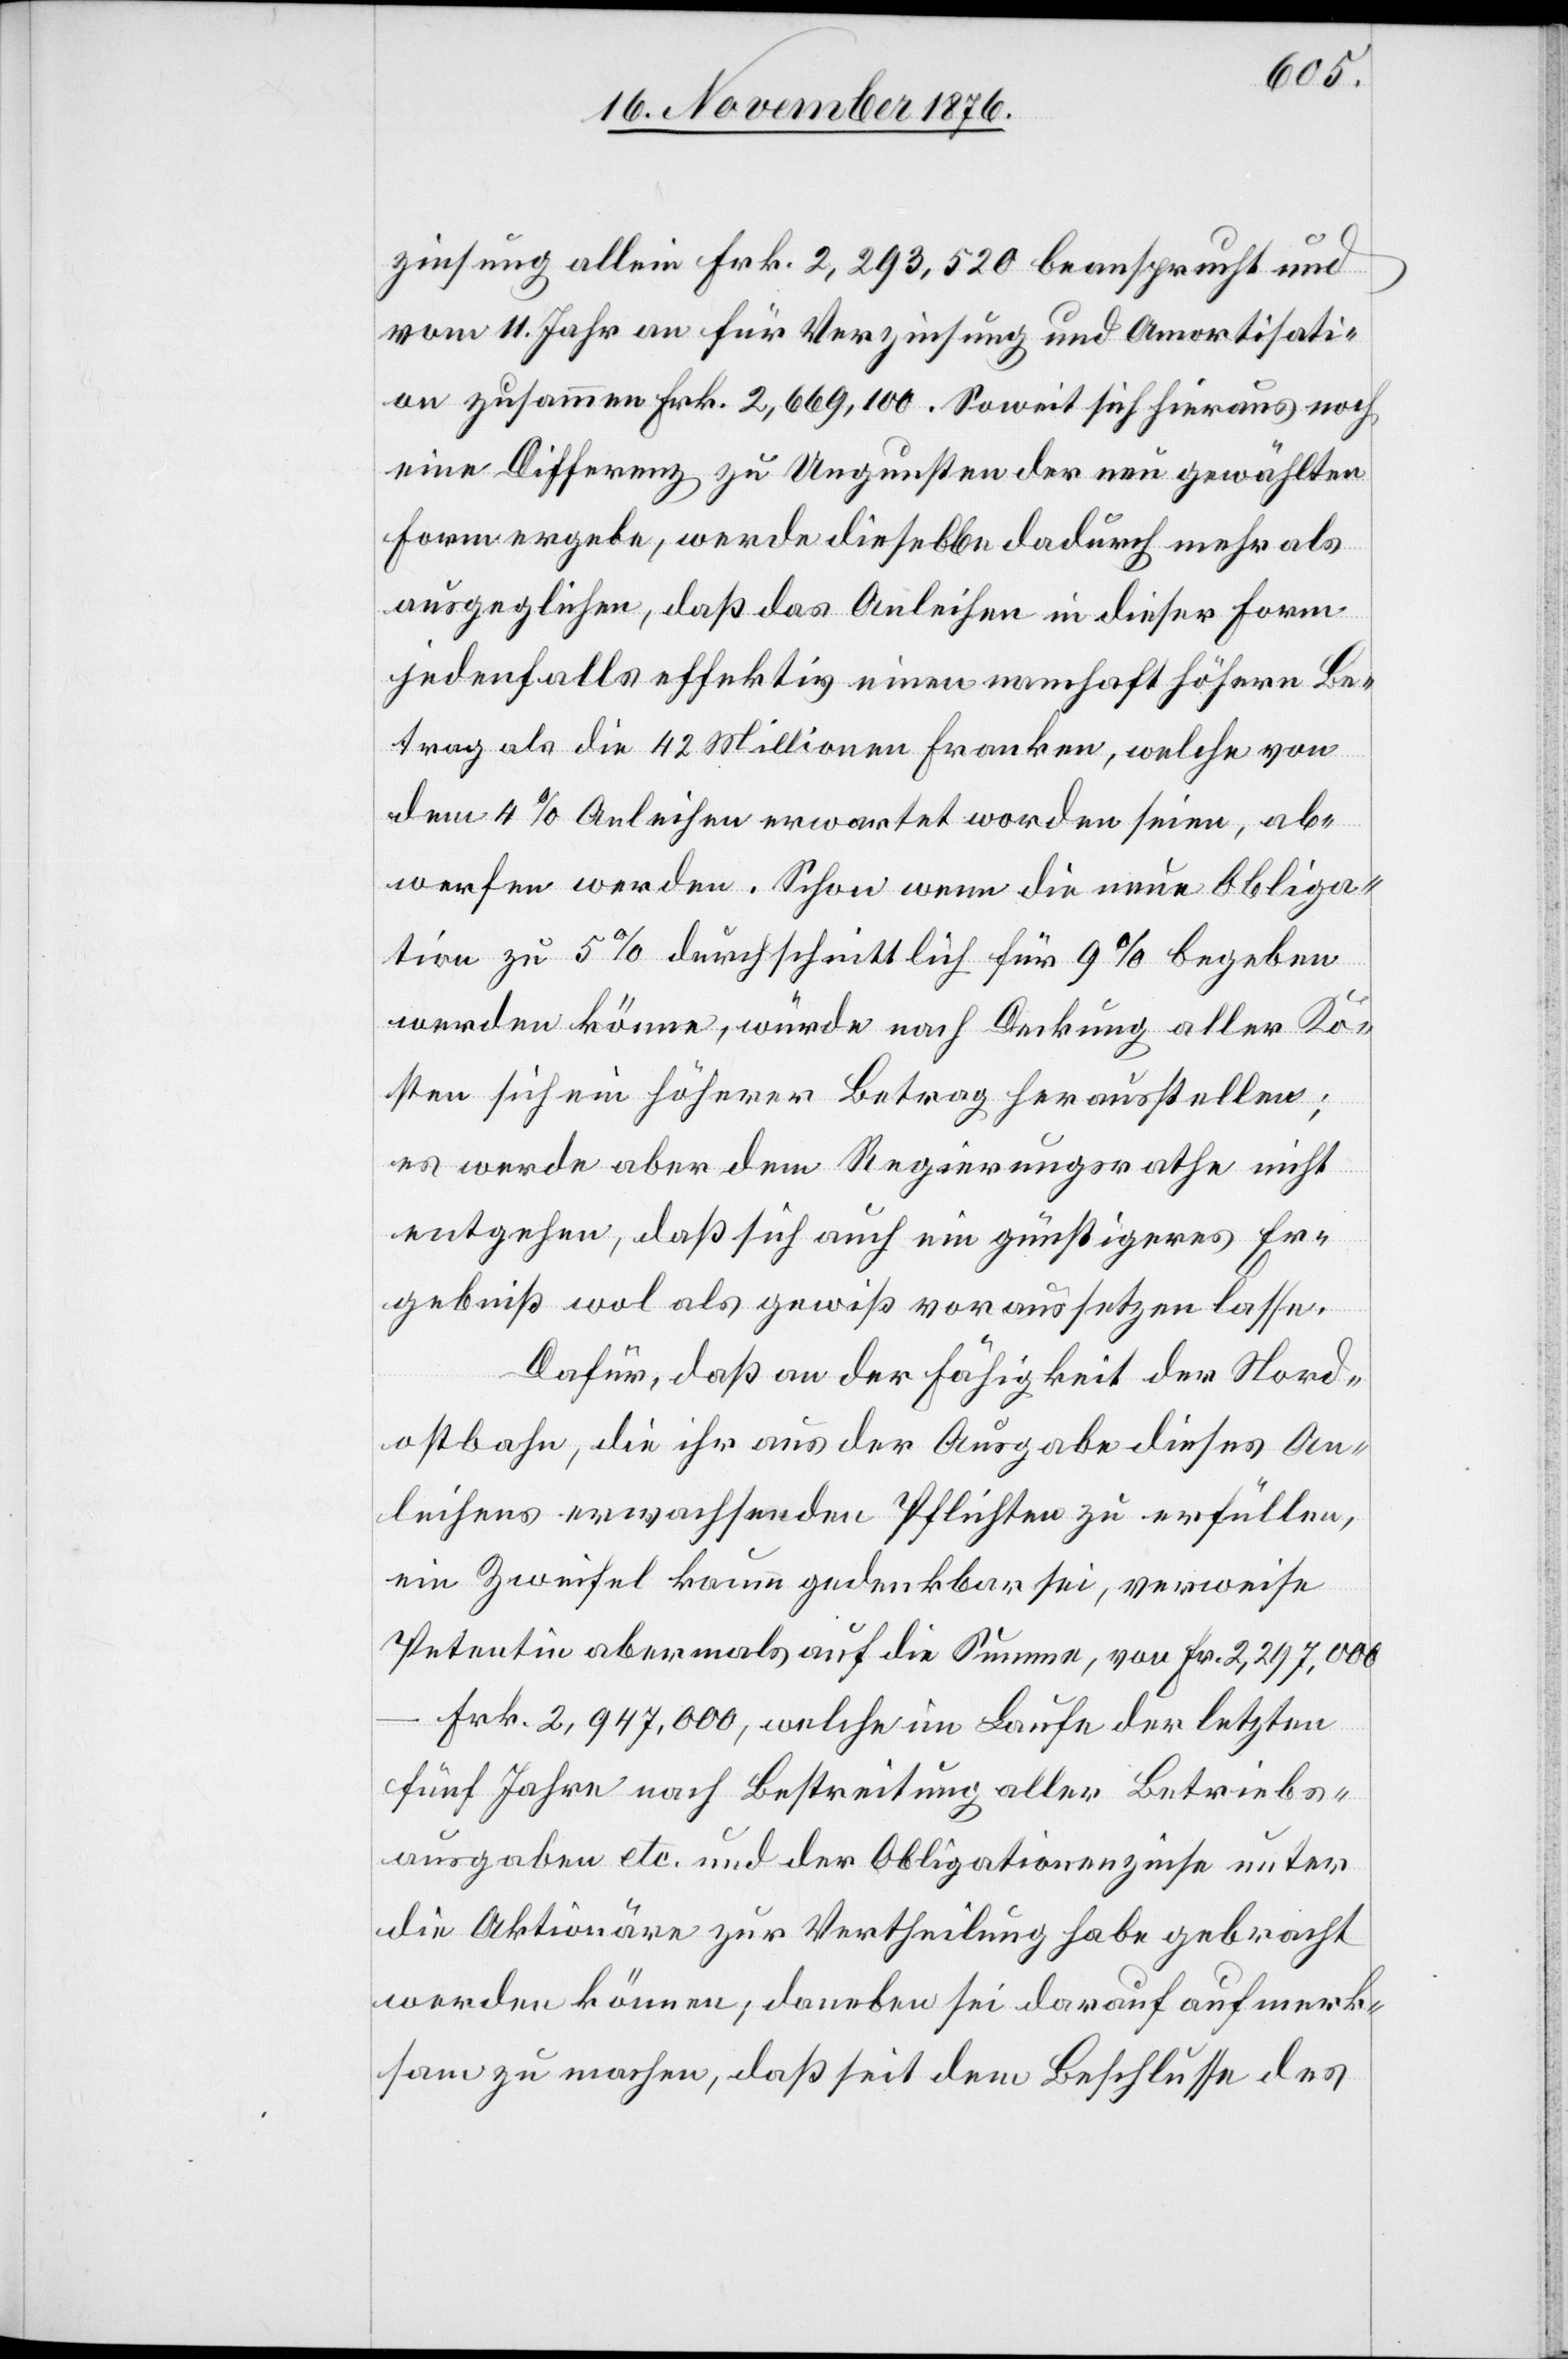
zinsung allein Frk. 2,293,520 beansprucht und
vom 11. Jahr an für Verzinsung und Amortisati¬
on zusammen Frk. 2,669,100. Soweit sich hieraus noch
eine Differenz zu Ungunsten der neu gewählten
Form ergebe, werde dieselbe dadurch mehr als
ausgeglichen, daß das Anleihen in dieser Form
jedenfalls effektiv einen namhaft höhern Be¬
trag als die 42 Millionen Franken, welche von
dem 4 % Anleihen erwartet worden seien, ab¬
werfen werden. Schon wenn die neue Obliga¬
tion zu 5 % durchschnittlich für 9% begeben
werden könne, würde nach Deckung aller Ko¬
sten sich ein höherer Betrag herausstellen;
es werde aber dem Regierungsrathe nicht
entgehen, daß sich auch ein günstigeres Er¬
gebniß wol als gewiß voraussetzen lasse.
Dafür, daß an der Fähigkeit der Nord¬
ostbahn, die ihr aus der Ausgabe dieses An¬
leihens erwachsenden Pflichten zu erfüllen,
ein Zweifel kaum gedenkbar sei, verweise
Petentin abermals auf die Summe, von Fr. 2,297,000–F¬
rk. 2,947,000, welche im Laufe der letzten
fünf Jahre nach Bestreitung aller Betriebs¬
ausgaben etc. und der Obligationenzinse unter
die Aktionäre zur Vertheilung habe gebracht
werden können; daneben sei darauf aufmerk¬
sam zu machen, daß seit dem Beschlusse des